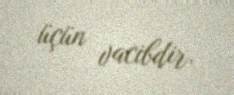
üçün vacibdir.